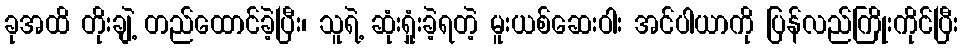
ခုအထိ တိုးချဲ့ တည်ထောင်ခဲ့ပြီး၊ သူရဲ့ ဆုံးရှုံးခဲ့ရတဲ့ မူးယစ်ဆေးဝါး အင်ပါယာကို ပြန်လည်ကြိုးကိုင်ပြီး